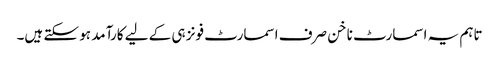
تاہم یہ اسمارٹ ناخن صرف اسمارٹ فونز ہی کے لیے کارآمد ہو سکتے ہیں۔